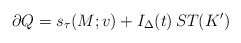
\begin{align*} \partial Q=s_\tau(M;v)+I_\Delta(t)\,ST(K')\end{align*}